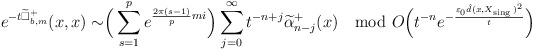
\begin{align*} e^{-t\widetilde{\Box}^+_{b,m}}(x,x)\sim \Bigr(\sum\limits^{p}_{s=1}e^{\frac{2\pi(s-1)}{p}mi}\Bigr)\sum^\infty_{j=0}t^{-n+j}\widetilde\alpha^+_{n-j}(x)\mod O\Bigr(t^{-n}e^{-\frac{\varepsilon_0\hat d(x,X_{\mathrm{sing\,}})^2}{t}}\Bigr)\end{align*}